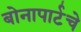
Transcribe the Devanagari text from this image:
बोनापार्टचे